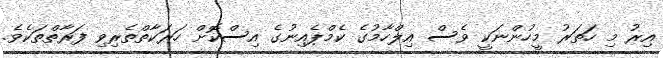
އިރު މި ހަތަރު މީހުންނަކީ ވެސް އިލްހާމުގެ ކެމްޕެއިނުގެ އިސްކޮށް ހަރަކާތްތެރިވި ފަރާތްތަކެވެ.